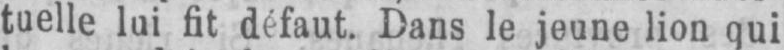
tuelle lui fit défaut. Dans le jeune lion qui